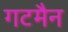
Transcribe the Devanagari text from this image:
गटमैन